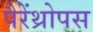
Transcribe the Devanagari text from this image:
पैरेंथ्रोपस